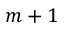
m + 1